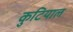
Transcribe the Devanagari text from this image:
कुटियाल